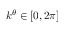
k ^ { \theta } \in [ 0 , 2 \pi ]